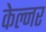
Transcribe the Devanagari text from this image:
केल्नर